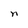
Character: n